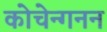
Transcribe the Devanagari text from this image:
कोचेन्गनन